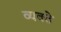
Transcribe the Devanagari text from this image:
व्यक्ते